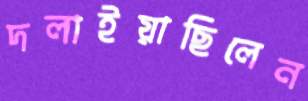
দলাইয়াছিলেন